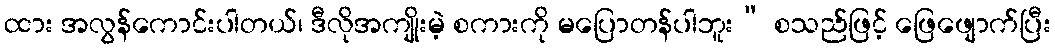
ထား အလွန်ကောင်းပါတယ်၊ ဒီလိုအကျိုးမဲ့ စကားကို မပြောတန်ပါဘူး” စသည်ဖြင့် ဖြေဖျောက်ပြီး